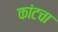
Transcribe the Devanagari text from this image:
कांटचा